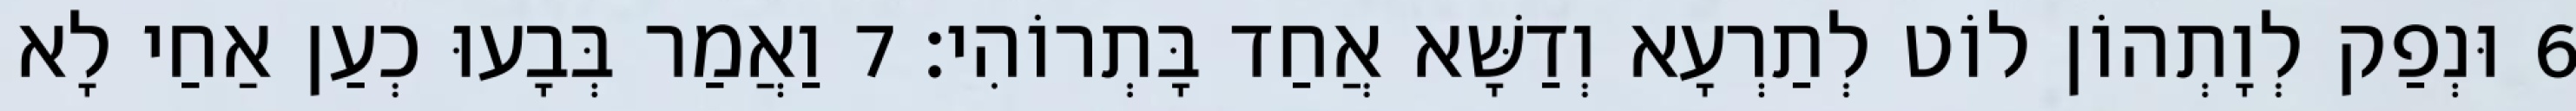
6 וּנְפַק לְוָתְהוֹן לוֹט לְתַרְעָא וְדַשָּׁא אֲחַד בָּתְרוֹהִי׃ 7 וַאֲמַר בְּבָעוּ כְעַן אַחַי לָא